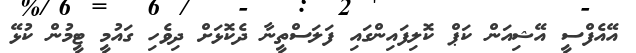
އޭއެފްސީ އޭޝިއަން ކަޕް ކޮލިފައިންގައި ފަލަސްތީނާ ދެކޮޅަށް ދިވެހި ގައުމީ ޓީމުން ކުޅޭ